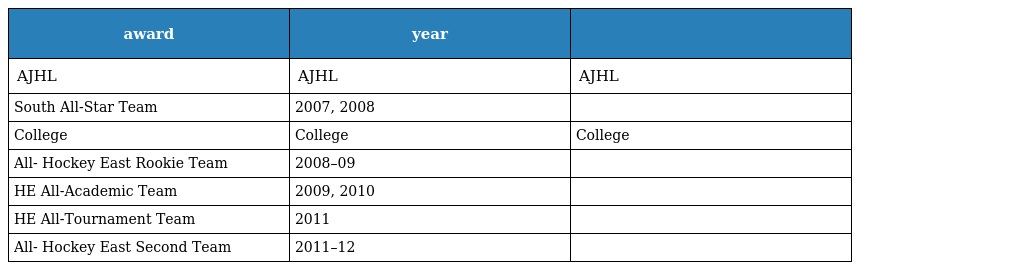
| award | year |  |
 | --- | --- | --- |
 | AJHL | AJHL | AJHL |
 | South All-Star Team | 2007, 2008 |  |
 | College | College | College |
 | All- Hockey East Rookie Team | 2008–09 |  |
 | HE All-Academic Team | 2009, 2010 |  |
 | HE All-Tournament Team | 2011 |  |
 | All- Hockey East Second Team | 2011–12 |  |